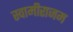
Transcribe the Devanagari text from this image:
स्वामीराजम